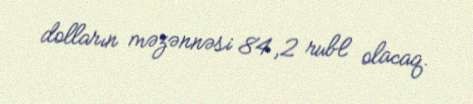
dolların məzənnəsi 84,2 rubl olacaq.